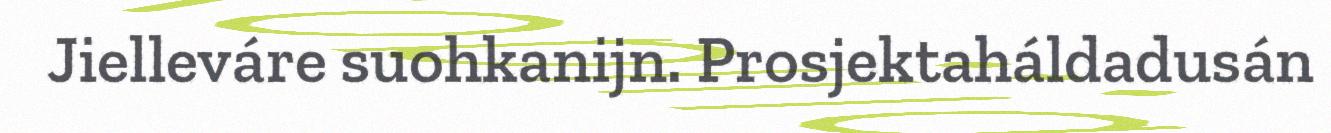
Jielleváre suohkanijn. Prosjektaháldadusán